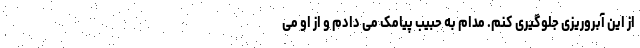
از این آبروریزی جلوگیری کنم. مدام به حبیب پیامک می دادم و از او می